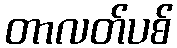
တာလတ်ပစ်